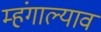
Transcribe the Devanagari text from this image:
म्हंगाल्यावं